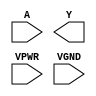
module sky130_fd_sc_hs__clkdlyinv3sd1 (
    //# {{data|Data Signals}}
    input  A   ,
    output Y   ,

    //# {{power|Power}}
    input  VPWR,
    input  VGND
);
endmodule